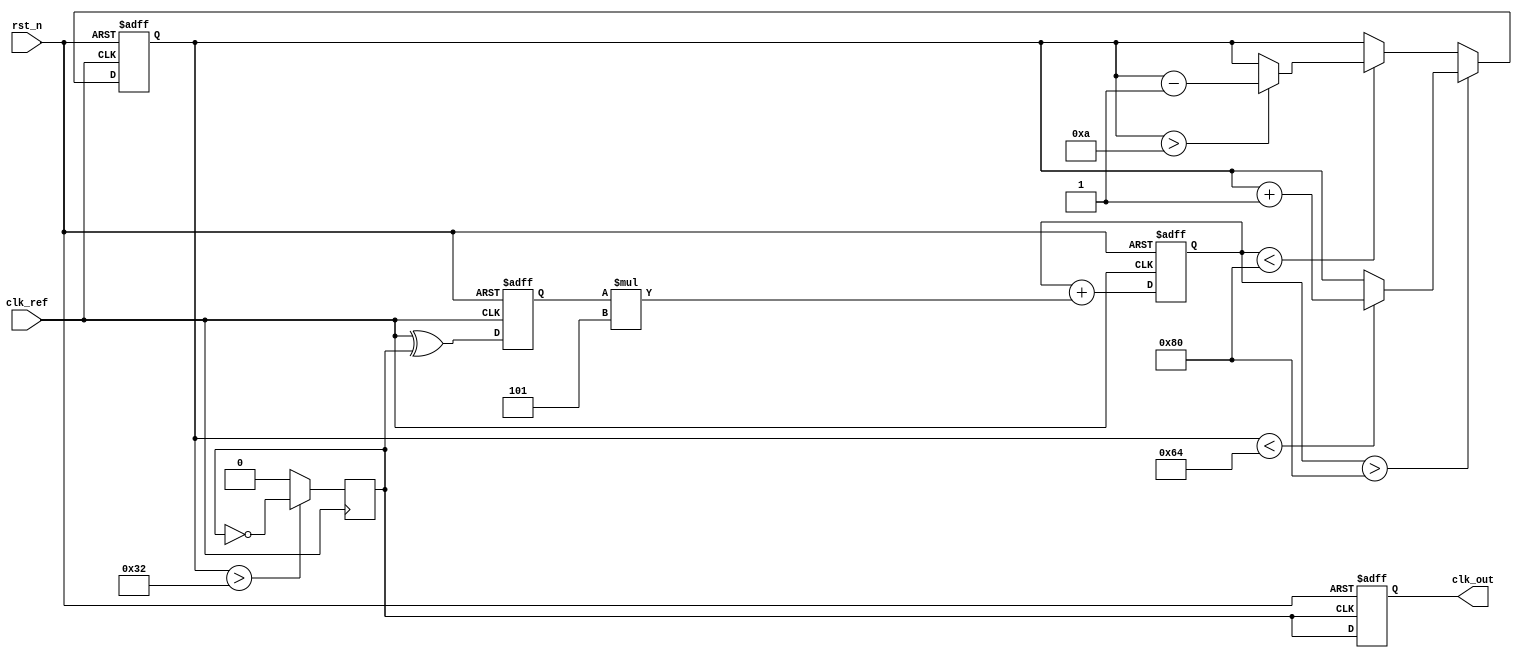
module pll_synchronizer (
    input wire clk_ref,      // Incoming reference clock
    input wire rst_n,        // Active low reset
    output reg clk_out       // Output synchronized clock
);

    // Parameters for VCO and Loop Filter
    parameter integer VCO_MAX_FREQ = 100; // Max VCO frequency
    parameter integer VCO_MIN_FREQ = 10;   // Min VCO frequency
    parameter integer LOOP_FILTER_GAIN = 5; // Gain for loop filter

    // Internal signals
    reg [7:0] vco_freq;        // VCO frequency control
    reg phase_error;           // Phase error signal
    reg [7:0] loop_filter_out; // Output from loop filter
    reg vco_clk;               // VCO clock output

    // Phase Detector (PD)
    always @(posedge clk_ref or negedge rst_n) begin
        if (!rst_n) begin
            phase_error <= 0;
        end else begin
            // Simple phase detector logic (XOR)
            phase_error <= clk_ref ^ vco_clk; // Example of phase detection
        end
    end

    // Loop Filter (LF)
    always @(posedge clk_ref or negedge rst_n) begin
        if (!rst_n) begin
            loop_filter_out <= 0;
        end else begin
            loop_filter_out <= loop_filter_out + (phase_error * LOOP_FILTER_GAIN);
        end
    end

    // Voltage-Controlled Oscillator (VCO)
    always @(posedge clk_ref or negedge rst_n) begin
        if (!rst_n) begin
            vco_freq <= VCO_MIN_FREQ; // Initialize VCO frequency
        end else begin
            // Adjust VCO frequency based on loop filter output
            if (loop_filter_out > 128) begin
                vco_freq <= (vco_freq < VCO_MAX_FREQ) ? (vco_freq + 1) : vco_freq;
            end else if (loop_filter_out < 128) begin
                vco_freq <= (vco_freq > VCO_MIN_FREQ) ? (vco_freq - 1) : vco_freq;
            end
        end
    end

    // Generate VCO clock based on vco_freq
    always @(posedge clk_ref) begin
        if (vco_freq > 50) begin
            vco_clk <= ~vco_clk; // Example toggle for VCO clock
        end else begin
            vco_clk <= 0; // Disable clock if below threshold
        end
    end

    // Output Clock Buffer
    always @(posedge vco_clk or negedge rst_n) begin
        if (!rst_n) begin
            clk_out <= 0;
        end else begin
            clk_out <= vco_clk; // Buffer the VCO output
        end
    end

endmodule